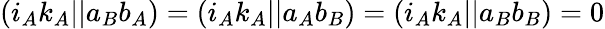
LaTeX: (i_{A}k_{A}||a_{B}b_{A})=(i_{A}k_{A}||a_{A}b_{B})=(i_{A}k_{A}||a_{B}b_{B})=0